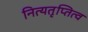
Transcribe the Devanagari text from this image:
नित्यतृप्तित्व